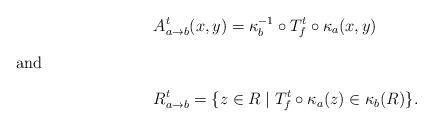
LaTeX: \begin{align*}&A^t_{a\to b}(x,y)=\kappa_b^{-1}\circ T^t_f\circ \kappa_a(x,y)\intertext{and }&R^t_{a\to b}=\{z\in R\mid T^t_f\circ \kappa_a(z)\in \kappa_b(R) \}.\end{align*}